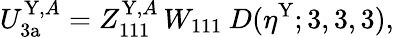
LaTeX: U_{\mathrm{3a}}^{\mathrm{Y},A}=Z_{111}^{\mathrm{Y},A}\, W_{111}\: D(\eta^{\mathrm{Y}};3,3,3),